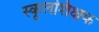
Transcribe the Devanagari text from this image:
स्कूलशिक्षक